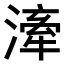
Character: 𣽲